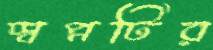
স্বপ্নটির